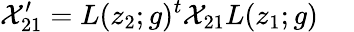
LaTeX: {\cal X}_{21}^{\prime}=L(z_{2};g)^{t}{\cal X}_{21}L(z_{1};g)~~~~~